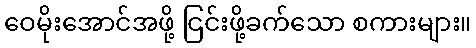
ဝေမိုးအောင်အဖို့ ငြင်းဖို့ခက်သော စကားများ။